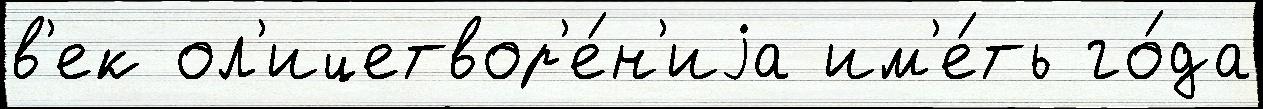
в'ек ол'ицетвор'е́н'иjа им'е́ть го́да